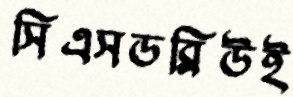
সিএসডব্লিউই